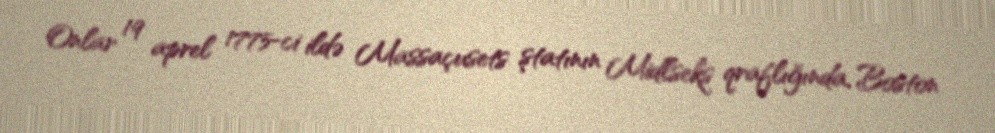
Onlar 19 aprel 1775-ci ildə Massaçusets ştatının Midlseks qraflığında, Boston